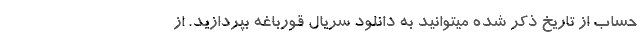
حساب از تاریخ ذکر شده میتوانید به دانلود سریال قورباغه بپردازید. از